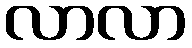
လာလာ